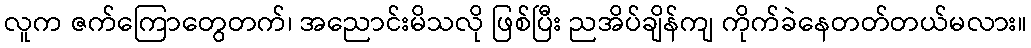
လူက ဇက်ကြောတွေတက်၊ အညောင်းမိသလို ဖြစ်ပြီး ညအိပ်ချိန်ကျ ကိုက်ခဲနေတတ်တယ်မလား။